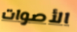
الأصوات